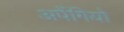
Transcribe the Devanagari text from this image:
अर्पेगियो